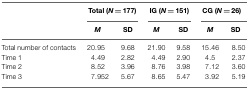
<table><thead><tr><td></td><td colspan="2"><b>Total (<i>N</i> = 177)</b></td><td colspan="2"><b>IG (<i>N</i> = 151)</b></td><td colspan="2"><b>CG (<i>N</i> = 26)</b></td></tr><tr><td></td><td><b><i>M</i></b></td><td><b>SD</b></td><td><b><i>M</i></b></td><td><b>SD</b></td><td><b><i>M</i></b></td><td><b>SD</b></td></tr></thead><tbody><tr><td>Total number of contacts</td><td>20.95</td><td>9.68</td><td>21.90</td><td>9.58</td><td>15.46</td><td>8.50</td></tr><tr><td>Time 1</td><td>4.49</td><td>2.82</td><td>4.49</td><td>2.90</td><td>4.5</td><td>2.37</td></tr><tr><td>Time 2</td><td>8.52</td><td>3.96</td><td>8.76</td><td>3.98</td><td>7.12</td><td>3.60</td></tr><tr><td>Time 3</td><td>7.952</td><td>5.67</td><td>8.65</td><td>5.47</td><td>3.92</td><td>5.19</td></tr></tbody></table>